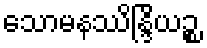
သောမနဿိန္ဒြိယဉ္စ